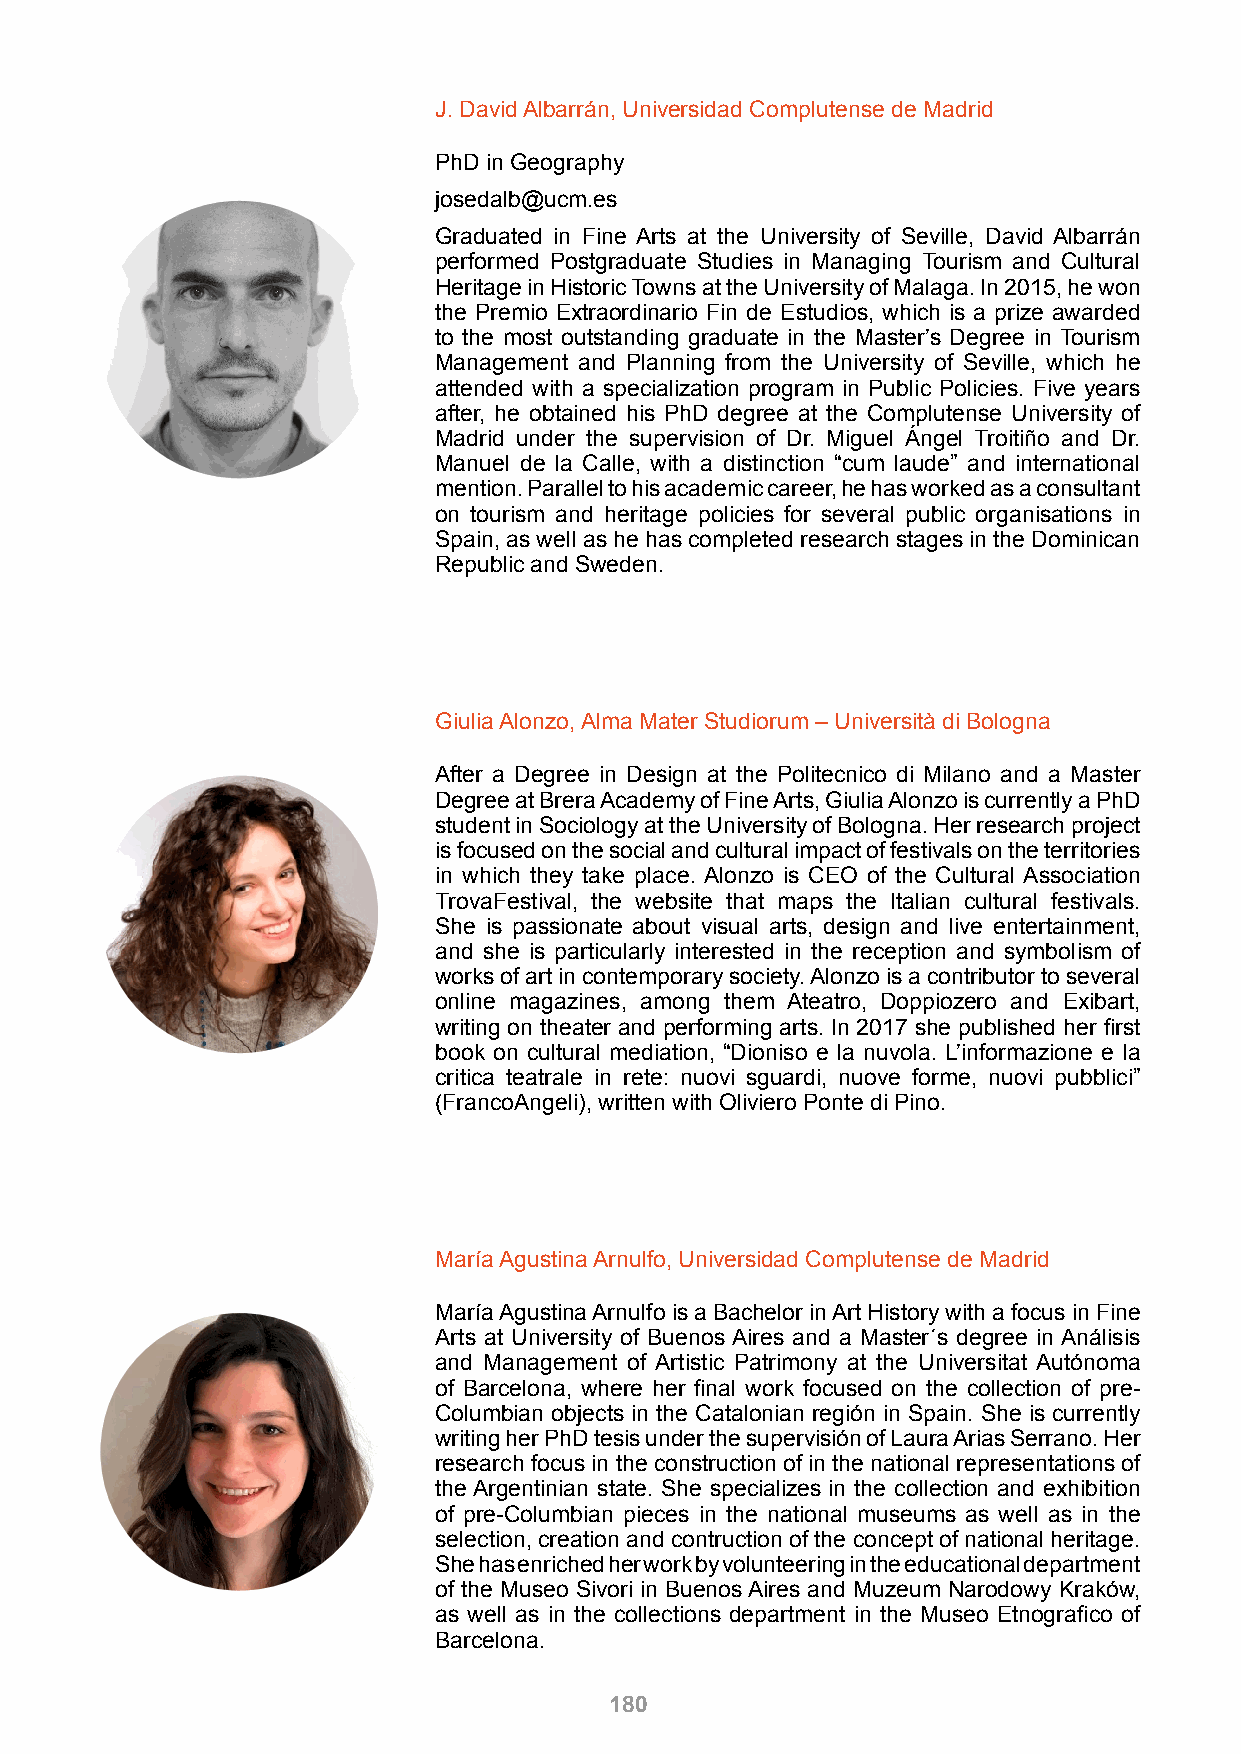
J. David Albarrán, Universidad Complutense de Madrid
 PhD in Geography
 josedalb@ucm.es
 Graduated in Fine Arts at the University of Seville, David Albarrán
 performed Postgraduate Studies in Managing Tourism and Cultural
 Heritage in Historic Towns at the University of Malaga. In 2015, he won
 the Premio Extraordinario Fin de Estudios, which is a prize awarded
 to the most outstanding graduate in the Master’s Degree in Tourism
 Management and Planning from the University of Seville, which he
 attended with a specialization program in Public Policies. Five years
 after, he obtained his PhD degree at the Complutense University of
 Madrid under the supervision of Dr. Miguel Ángel Troitiño and Dr.
 Manuel de la Calle, with a distinction “cum laude” and international
 mention. Parallel to his academic career, he has worked as a consultant
 on tourism and heritage policies for several public organisations in
 Spain, as well as he has completed research stages in the Dominican
 Republic and Sweden.
 Giulia Alonzo, Alma Mater Studiorum – Università di Bologna
 After a Degree in Design at the Politecnico di Milano and a Master
 Degree at Brera Academy of Fine Arts, Giulia Alonzo is currently a PhD
 student in Sociology at the University of Bologna. Her research project
 is focused on the social and cultural impact of festivals on the territories
 in which they take place. Alonzo is CEO of the Cultural Association
 TrovaFestival, the website that maps the Italian cultural festivals.
 She is passionate about visual arts, design and live entertainment,
 and she is particularly interested in the reception and symbolism of
 works of art in contemporary society. Alonzo is a contributor to several
 online magazines, among them Ateatro, Doppiozero and Exibart,
 writing on theater and performing arts. In 2017 she published her first
 book on cultural mediation, “Dioniso e la nuvola. L’informazione e la
 critica teatrale in rete: nuovi sguardi, nuove forme, nuovi pubblici”
 (FrancoAngeli), written with Oliviero Ponte di Pino.
 María Agustina Arnulfo, Universidad Complutense de Madrid
 María Agustina Arnulfo is a Bachelor in Art History with a focus in Fine
 Arts at University of Buenos Aires and a Master´s degree in Análisis
 and Management of Artistic Patrimony at the Universitat Autónoma
 of Barcelona, where her final work focused on the collection of pre-
 Columbian objects in the Catalonian región in Spain. She is currently
 writing her PhD tesis under the supervisión of Laura Arias Serrano. Her
 research focus in the construction of in the national representations of
 the Argentinian state. She specializes in the collection and exhibition
 of pre-Columbian pieces in the national museums as well as in the
 selection, creation and contruction of the concept of national heritage.
 She has enriched her work by volunteering in the educational department
 of the Museo Sivori in Buenos Aires and Muzeum Narodowy Kraków,
 as well as in the collections department in the Museo Etnografico of
 Barcelona.
 180